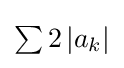
{\textstyle \sum 2\left|a_{k}\right|}